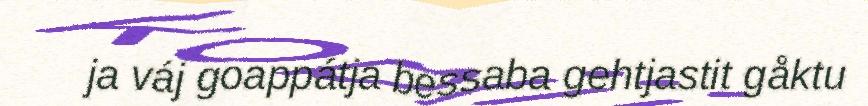
ja váj goappátja bessaba gehtjastit gåktu